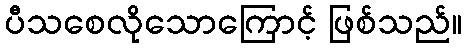
ပီသစေလိုသောကြောင့် ဖြစ်သည်။